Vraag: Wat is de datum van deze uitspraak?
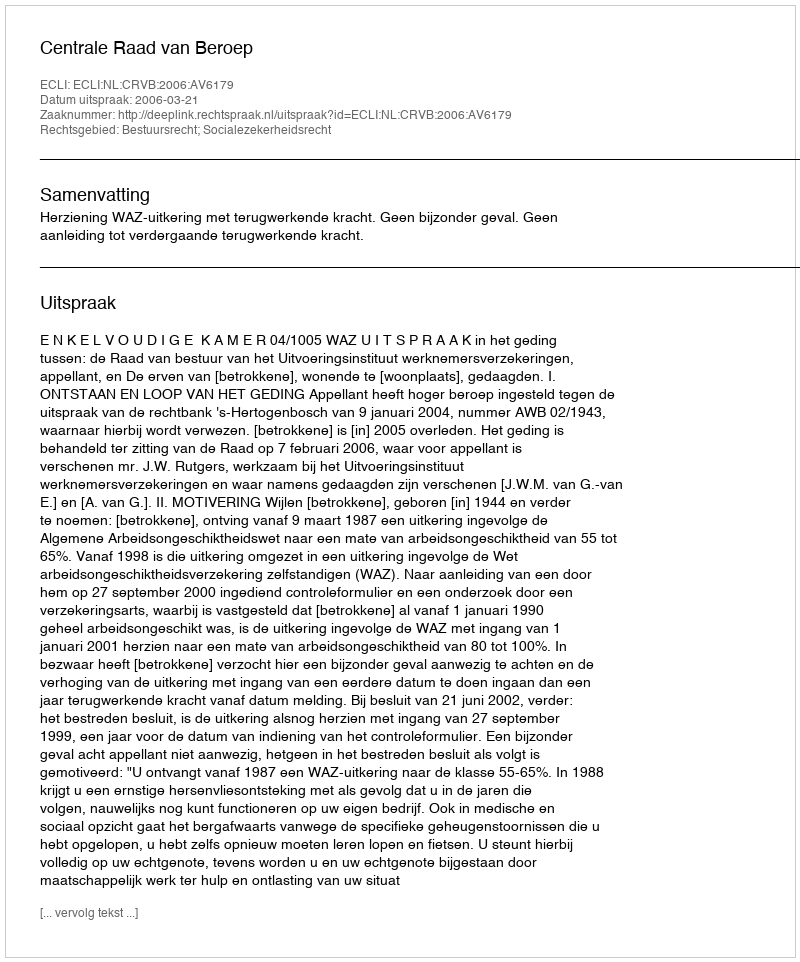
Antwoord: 2006-03-21